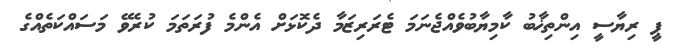
ޕީ ރިޔާސީ އިންތިޚާބު ކާމިޔާބުވެއްޖެނަމަ ޓެރަރިޒަމާ ދެކޮޅަށް އެންމެ ފުރަތަމަ ކުރެވޭ މަސައްކަތެއްގެ